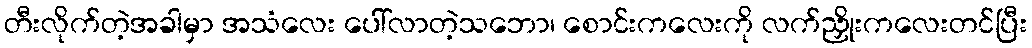
တီးလိုက်တဲ့အခါမှာ အသံလေး ပေါ်လာတဲ့သဘော၊ စောင်းကလေးကို လက်ညှိုးကလေးတင်ပြီး